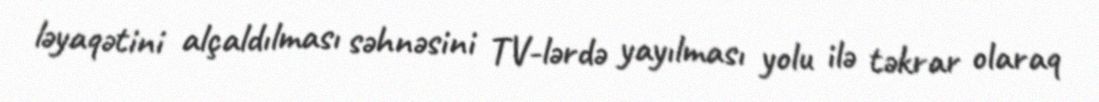
ləyaqətini alçaldılması səhnəsini TV-lərdə yayılması yolu ilə təkrar olaraq